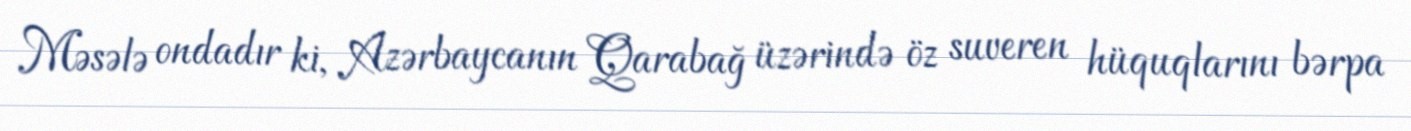
Məsələ ondadır ki, Azərbaycanın Qarabağ üzərində öz suveren hüquqlarını bərpa